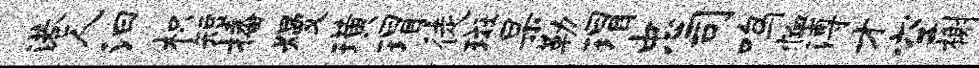
港人汩枳短播熳璜瑁徒斑杲勒瑁忠司鸣恤溥才空榭